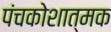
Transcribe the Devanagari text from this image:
पंचकोशात्मक